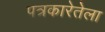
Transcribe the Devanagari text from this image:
पत्रकारेतेला